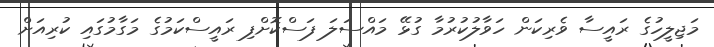
މަޖިލީހުގެ ރައީސާ ވެރިކަން ހަވާލުކުރުމާ ގުޅޭ މައްސަލަ ފަސްކޮށްފި ރައީސްކަމުގެ މަގާމުގައި ކުރިއަށް